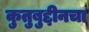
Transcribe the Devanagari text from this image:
कुतुबुद्दीनचा